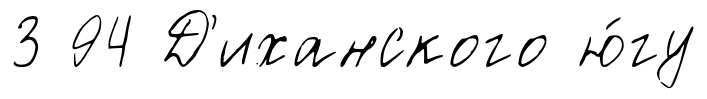
3 94 Д'иханского ю́гу